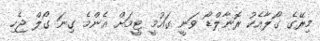
މިރޭގެ ގޯލާއެކު ރޮނާލްޑޯ ވަނީ ގައުމީ ޓީމަށް އެންމެ ގިނަ ގޯލް ޖެހި